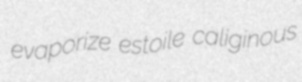
evaporize estoile caliginous